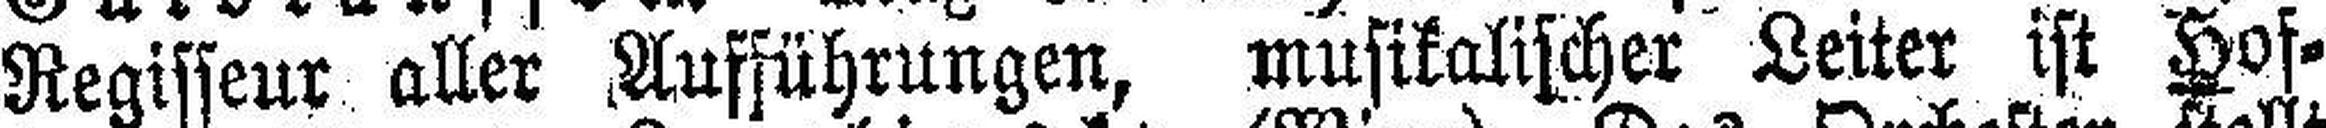
Regisseur aller Aufführungen, musikalischer Leiter ist Hof¬